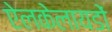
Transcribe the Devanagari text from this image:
ऐलकेलायडों